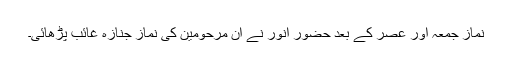
نمازِ جمعہ اور عصر کے بعد حضورِ انور نے ان مرحومین کی نمازِ جنازہ غائب پڑھائی۔